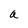
Character: a